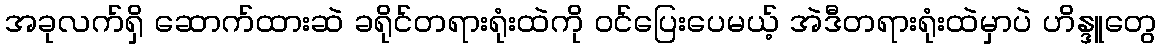
အခုလက်ရှိ ဆောက်ထားဆဲ ခရိုင်တရားရုံးထဲကို ဝင်ပြေးပေမယ့် အဲဒီတရားရုံးထဲမှာပဲ ဟိန္ဒူတွေ